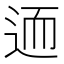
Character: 𨒩